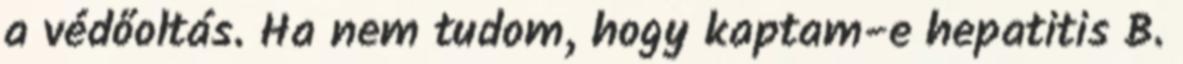
a védőoltás. Ha nem tudom, hogy kaptam-e hepatitis B.